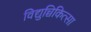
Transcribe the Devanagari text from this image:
विद्युच्चिकित्सा